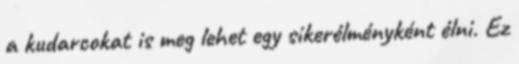
a kudarcokat is meg lehet egy sikerélményként élni. Ez